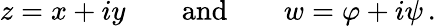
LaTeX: z=x+iy\qquad{\mathrm{and}}\qquad w=\varphi+i\psi\, .